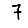
Digit: 7